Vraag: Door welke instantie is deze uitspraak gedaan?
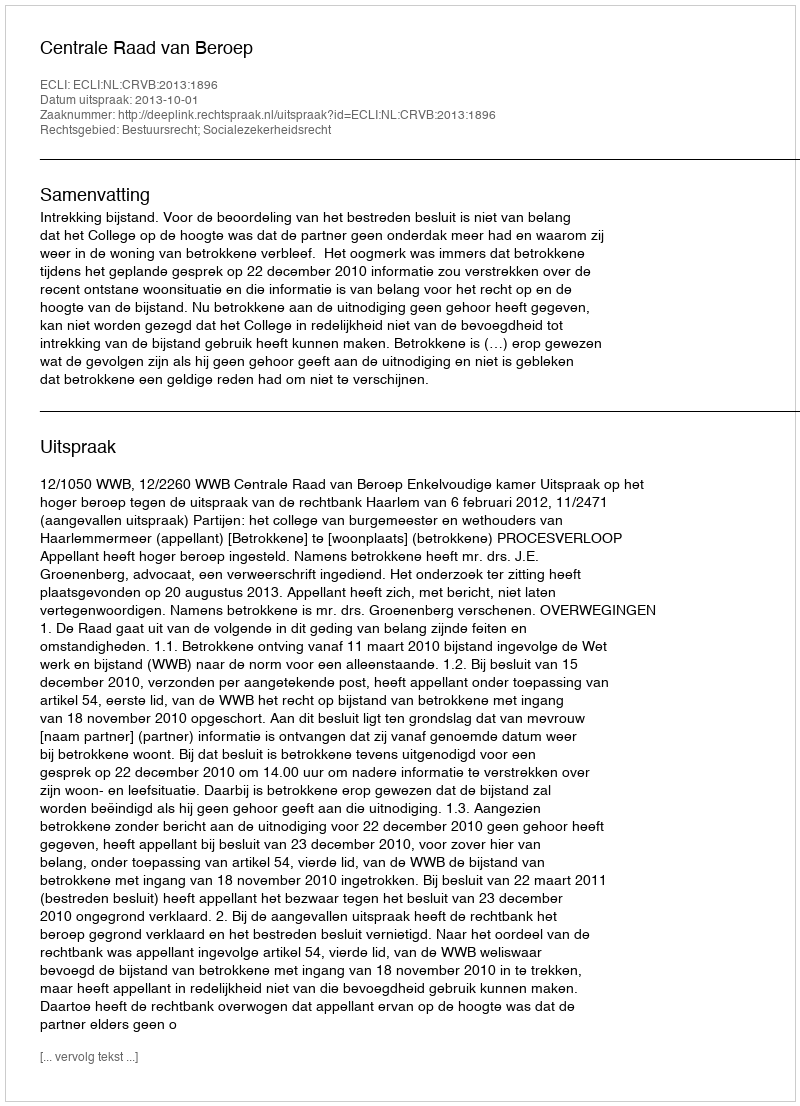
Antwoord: Centrale Raad van Beroep